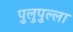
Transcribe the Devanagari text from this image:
पुलुपुल्ला